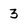
Character: 3